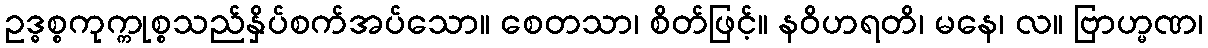
ဥဒ္ဓစ္စကုက္ကုစ္စသည်နှိပ်စက်အပ်သော။ စေတသာ၊ စိတ်ဖြင့်။ နဝိဟရတိ၊ မနေ၊ လ။ ဗြာဟ္မဏ၊